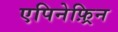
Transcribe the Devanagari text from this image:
एपिनेफ़्रिन